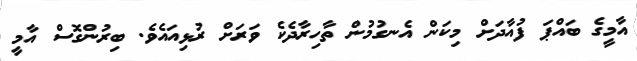
އާމީގެ ބައްޕަ ފުއާދަށް މިކަން އެނގުމުން ތާހިރާދެކެ ވަރަށް ރުޅިއައެވެ. ބިރުންގޮސް އާމީ